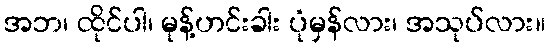
အဘ၊ ထိုင်ပါ၊ မုန့်ဟင်းခါး ပုံမှန်လား၊ အသုပ်လား။